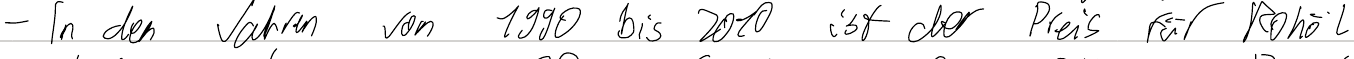
- In den Jahren von 1990 bis 2010 ist der Preis für Rohöl